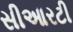
સીઆરટી